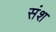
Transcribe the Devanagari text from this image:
संश